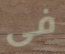
فى